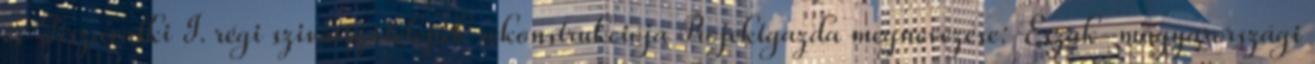
és Tiszavalki I. régi szivattyútelepek rekonstrukciója Projektgazda megnevezése: Észak-magyarországi